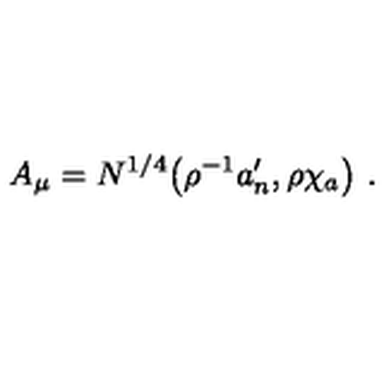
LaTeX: A _ { \mu } = N ^ { 1 / 4 } \big ( \rho ^ { - 1 } a _ { n } ^ { \prime } , \rho \chi _ { a } \big ) \ .